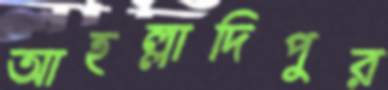
আহল্লাদিপুর